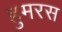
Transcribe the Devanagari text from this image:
हुमरस